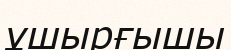
ұшырғышы